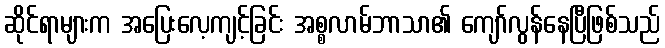
ဆိုင်ရာများက အပြေးလေ့ကျင့်ခြင်း အစ္စလာမ်ဘာသာ၏ ကျော်လွန်နေပြီဖြစ်သည်